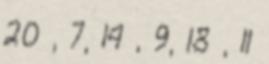
20 , 7, 14 , 9, 18 , 11